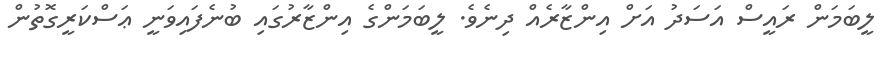
ލީބަމަން ރައީސް އަސަދު އަށް އިންޒާރެއް ދިނެވެ. ލީބަމަންގެ އިންޒާރުގައި ބުނެފައިވަނީ ޢަސްކަރީގޮތުން